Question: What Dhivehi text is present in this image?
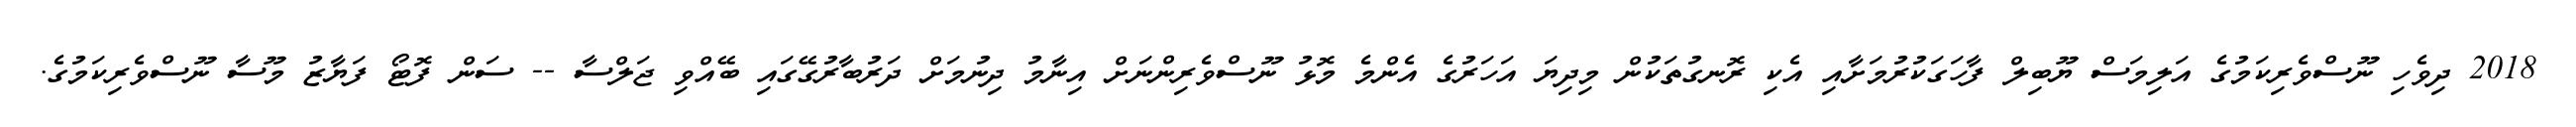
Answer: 2018 ދިވެހި ނޫސްވެރިކަމުގެ އަލިމަސް ޔޫބިލް ފާހަގަކުރުމަށާއި އެކި ރޮނގުތަކުން މިދިޔަ އަހަރުގެ އެންމެ މޮޅު ނޫސްވެރިންނަށް އިނާމު ދިނުމަށް ދަރުބާރުގޭގައި ބޭއްވި ޖަލްސާ -- ސަން ފޮޓޯ ފަޔާޒު މޫސާ ނޫސްވެރިކަމުގެ.